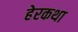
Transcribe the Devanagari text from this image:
हेरकथा